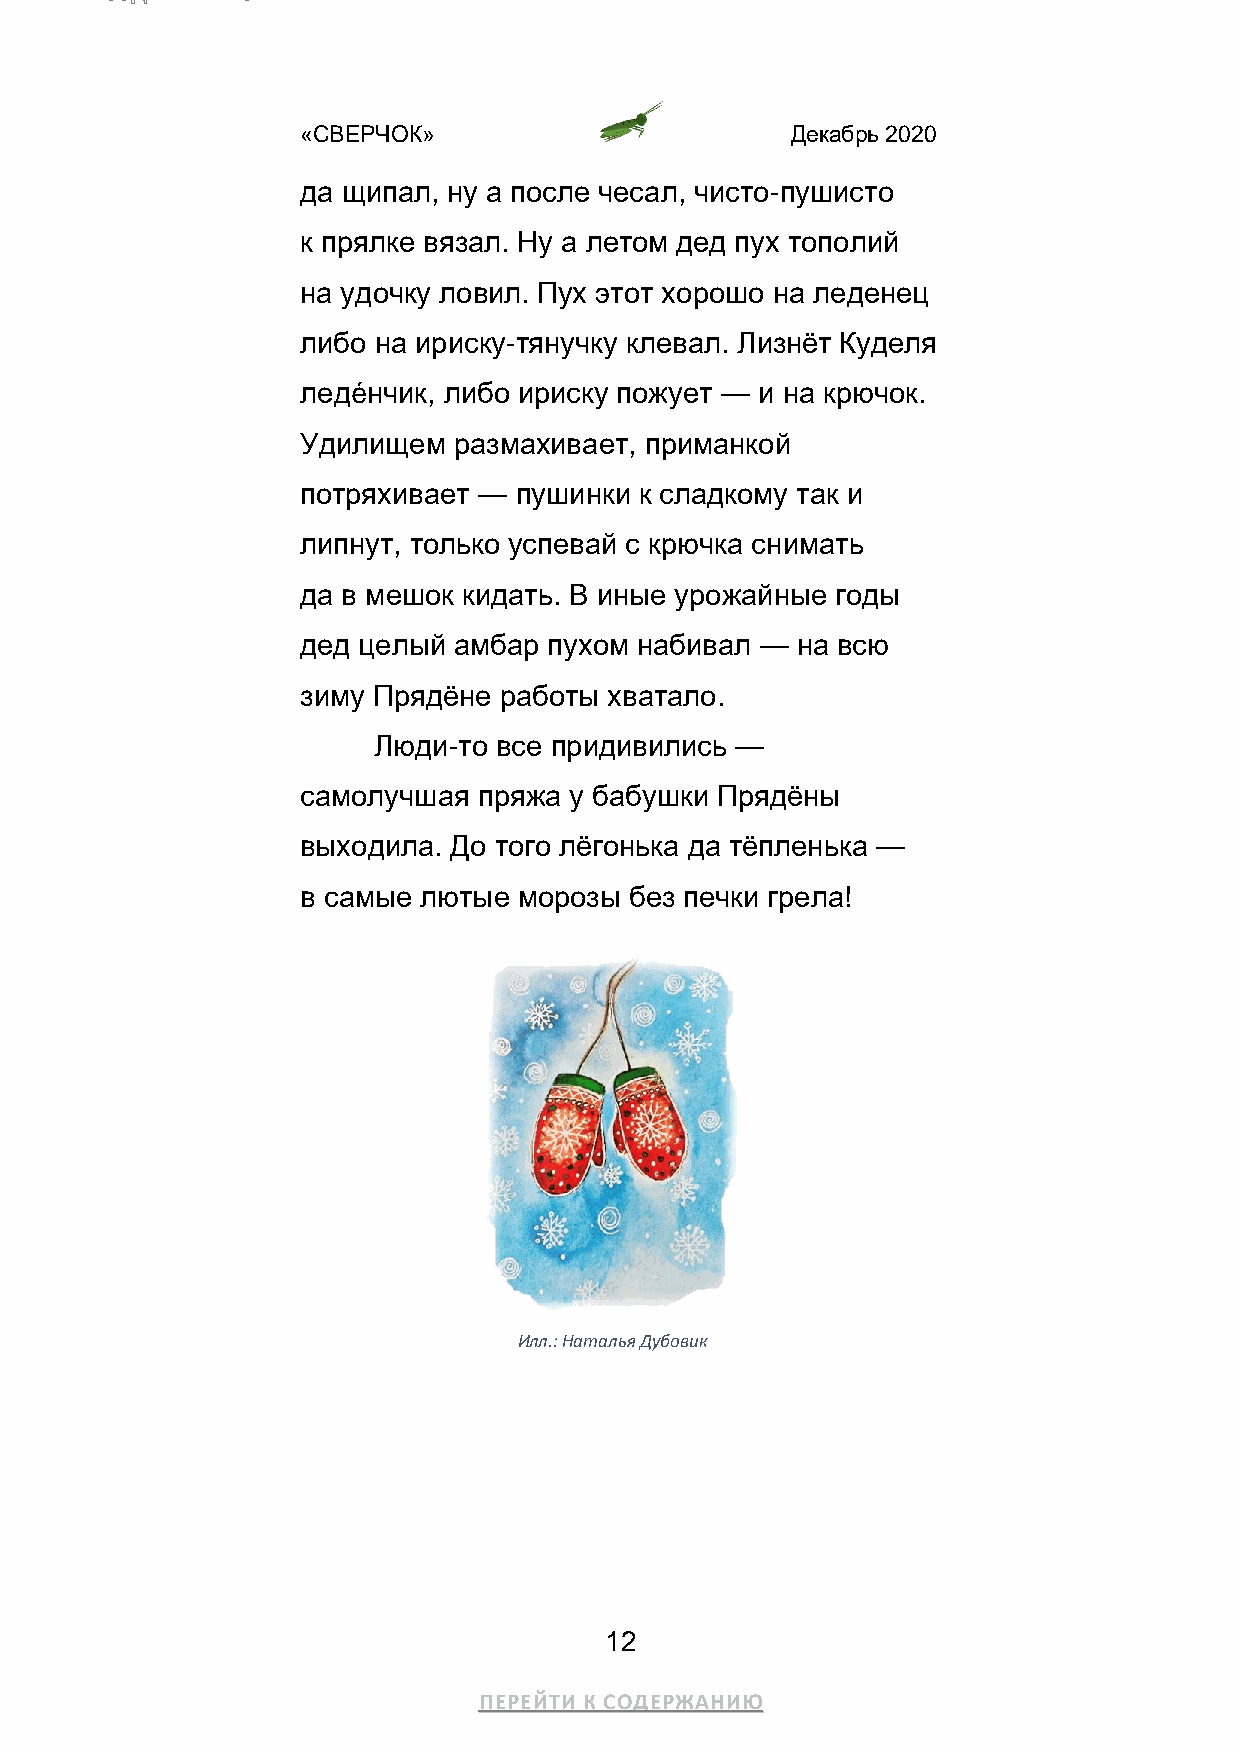
«СВЕРЧОК»                       Декабрь 2020
 да щипал, ну а после чесал, чисто-пушисто
 к прялке вязал. Ну а летом дед пух тополий
 на удочку ловил. Пух этот хорошо на леденец
 либо на ириску-тянучку клевал. Лизнёт Куделя
 ледéнчик, либо ириску пожует — и на крючок.
 Удилищем  размахивает, приманкой
 потряхивает — пушинки к сладкому так и
 липнут, только успевай с крючка снимать
 да в мешок кидать. В иные урожайные годы
 дед целый амбар пухом набивал —  на всю
 зиму Прядёне работы хватало.
 Люди-то все придивились —
 самолучшая  пряжа у бабушки Прядёны
 выходила. До того лёгонька да тёпленька —
 в самые лютые морозы  без печки грела!
 Илл.: Наталья Дубовик
 12
 ПЕРЕЙТИ К СОДЕРЖАНИЮ